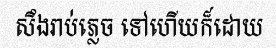
សឹងរាប់ភ្លេច ទៅហើយក៏ដោយ